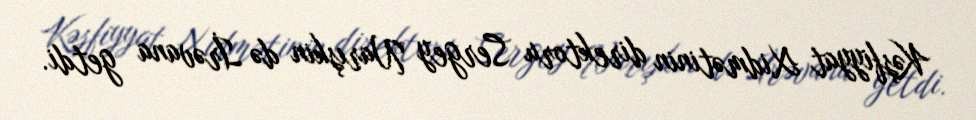
Kəşfiyyat Xidmətinin direktoru Sergey Narışkin də İrəvana getdi.